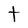
Character: t